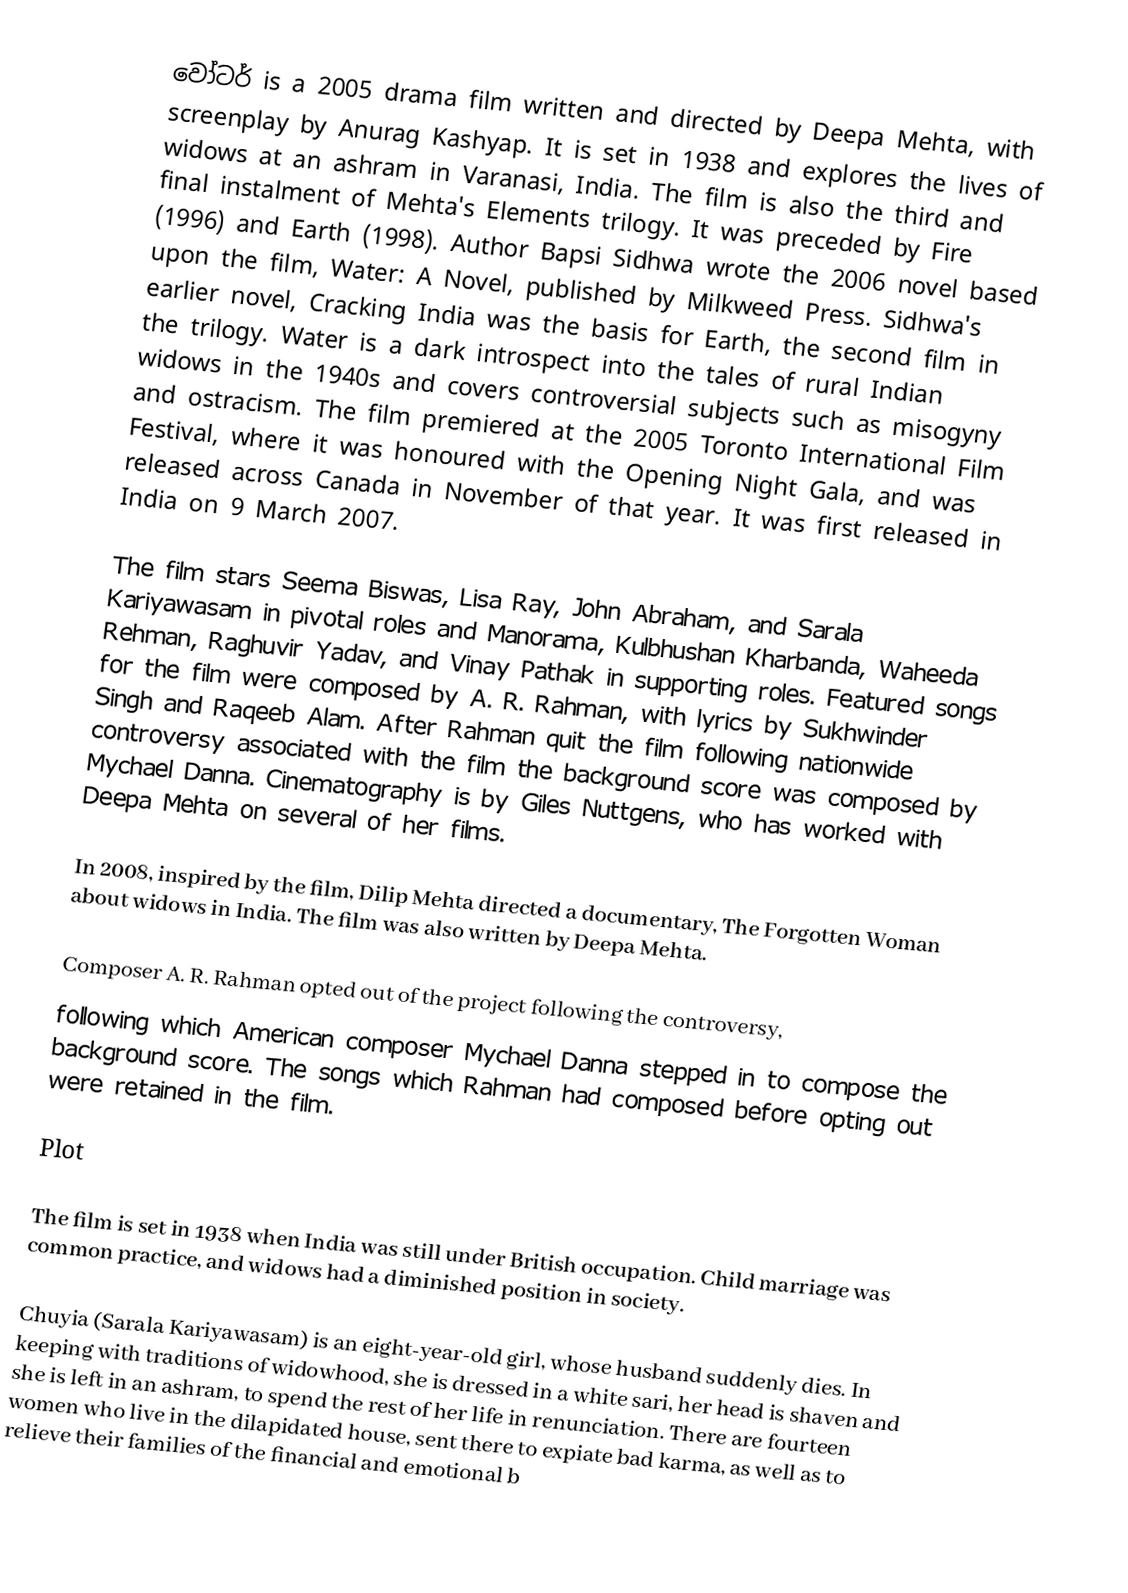
වෝටර් is a 2005 drama film written and directed by Deepa Mehta, with screenplay by Anurag Kashyap. It is set in 1938 and explores the lives of widows at an ashram in Varanasi, India. The film is also the third and final instalment of Mehta's Elements trilogy. It was preceded by Fire (1996) and Earth (1998). Author Bapsi Sidhwa wrote the 2006 novel based upon the film, Water: A Novel, published by Milkweed Press. Sidhwa's earlier novel, Cracking India was the basis for Earth, the second film in the trilogy. Water is a dark introspect into the tales of rural Indian widows in the 1940s and covers controversial subjects such as misogyny and ostracism. The film premiered at the 2005 Toronto International Film Festival, where it was honoured with the Opening Night Gala, and was released across Canada in November of that year. It was first released in India on 9 March 2007.

The film stars Seema Biswas, Lisa Ray, John Abraham, and Sarala Kariyawasam in pivotal roles and Manorama, Kulbhushan Kharbanda, Waheeda Rehman, Raghuvir Yadav, and Vinay Pathak in supporting roles. Featured songs for the film were composed by A. R. Rahman, with lyrics by Sukhwinder Singh and Raqeeb Alam. After Rahman quit the film following nationwide controversy associated with the film the background score was composed by Mychael Danna. Cinematography is by Giles Nuttgens, who has worked with Deepa Mehta on several of her films.

In 2008, inspired by the film, Dilip Mehta directed a documentary, The Forgotten Woman about widows in India. The film was also written by Deepa Mehta.

Composer A. R. Rahman opted out of the project following the controversy,
following which American composer Mychael Danna stepped in to compose the background score. The songs which Rahman had composed before opting out were retained in the film.

Plot

The film is set in 1938 when India was still under British occupation. Child marriage was common practice, and widows had a diminished position in society.

Chuyia (Sarala Kariyawasam) is an eight-year-old girl, whose husband suddenly dies. In keeping with traditions of widowhood, she is dressed in a white sari, her head is shaven and she is left in an ashram, to spend the rest of her life in renunciation. There are fourteen women who live in the dilapidated house, sent there to expiate bad karma, as well as to relieve their families of the financial and emotional b